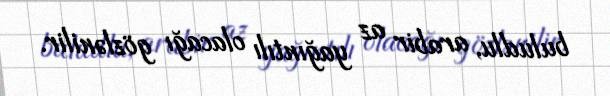
buludlu, arabir az yağıntılı olacağı gözlənilir.